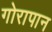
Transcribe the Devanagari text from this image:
गोरापान